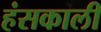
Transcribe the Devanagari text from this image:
हंसकाली